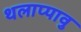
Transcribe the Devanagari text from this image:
थलाप्पावु